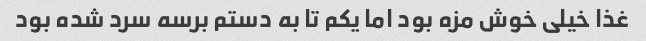
غذا خیلی خوش مزه بود اما یکم تا به دستم برسه سرد شده بود